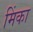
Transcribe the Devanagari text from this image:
मिंका